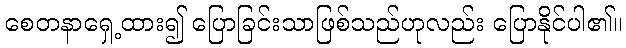
စေတနာရှေ့ထား၍ ပြောခြင်းသာဖြစ်သည်ဟုလည်း ပြောနိုင်ပါ၏။